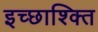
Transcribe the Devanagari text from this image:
इच्छाश्क्ति